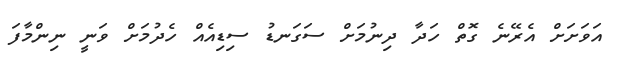
އަވަށަށް އެރޭނެ ގޮތް ހަދާ ދިނުމަށް ސަގަނޑު ސިޑިއެއް ހެދުމަށް ވަނީ ނިންމާފަ